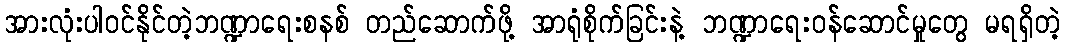
အားလုံးပါဝင်နိုင်တဲ့ဘဏ္ဍာရေးစနစ် တည်ဆောက်ဖို့ အာရုံစိုက်ခြင်းနဲ့ ဘဏ္ဍာရေးဝန်ဆောင်မှုတွေ မရရှိတဲ့